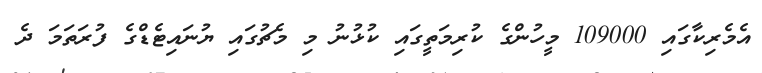
އެމެރިކާގައި 109000 މީހުންގެ ކުރިމަތީގައި ކުޅުނު މި މެޗުގައި ޔުނައިޓެޑްގެ ފުރަތަމަ ދެ